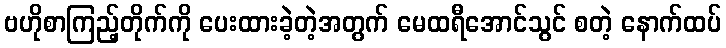
ဗဟိုစာကြည့်တိုက်ကို ပေးထားခဲ့တဲ့အတွက် မေထရီအောင်သွင် စတဲ့ နောက်ထပ်